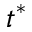
t ^ { * }